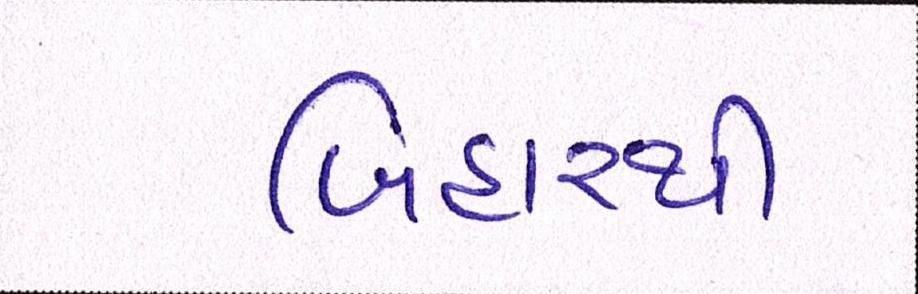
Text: બિહારથી